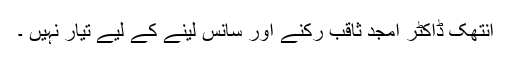
انتھک ڈاکٹر امجد ثاقب رُکنے اور سانس لینے کے لیے تیار نہیں ۔